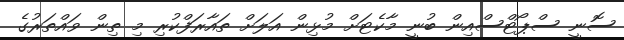
ސޮނީ ސްޕޯޓްސްއިން ބުނީ މާކެޓަށް މުޅިން އަލަށް ތައާރަފްކުރި މި ތިން ވައްތަރުގެ